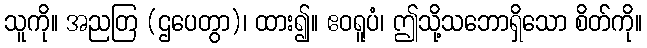
သူကို။ အညတြ (ဌပေတွာ)၊ ထား၍။ ဧဝရူပံ၊ ဤသို့သဘောရှိသော စိတ်ကို။